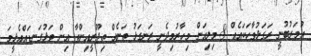
އުމަރުބުނީ ރަގަޅުވާހަކައެއް 8 މިލިއަން މިހާރުމިދެނީ ރަނގަޅު ތަނެއް ތިޖޫރީއިންތާ އިން ވަޅުގަނޑައްއެޅީމަ